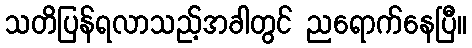
သတိပြန်ရလာသည့်အခါတွင် ညရောက်နေပြီ။